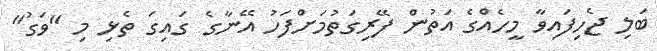
ބަލި ޖެހިފައިވާ މީހެއްގެ އަތުން ފޭރިގަތުމަށްފަހު އޭނާގެ ގައިގަ ތެޅި މި "ވަގު"